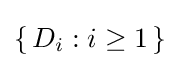
\{\,D_{i}:i\geq 1\,\}